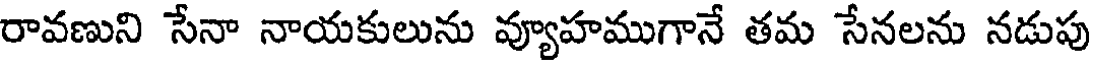
రావణుని సేనా నాయకులును వ్యూహముగానే తమ సేనలను నడుపు